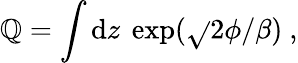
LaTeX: \mathbb{Q}=\int\mathrm{{d}}z\ \exp(\sqrt{}{2}\phi/\beta)\ ,